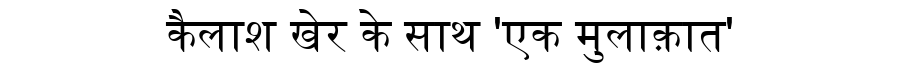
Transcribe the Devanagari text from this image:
कैलाश खेर के साथ 'एक मुलाक़ात'